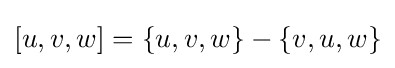
[u,v,w]=\{u,v,w\}-\{v,u,w\}